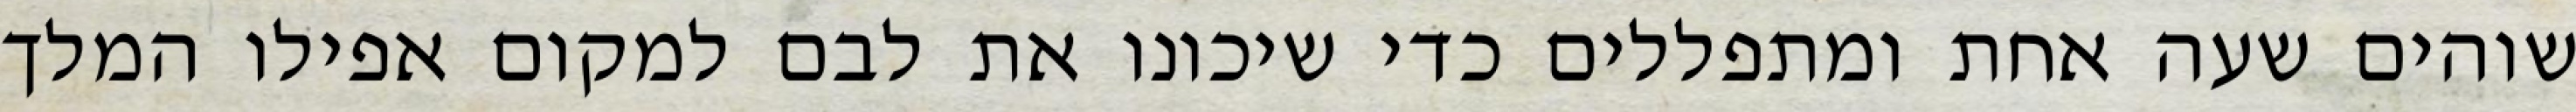
שוהים שעה אחת ומתפללים כדי שיכונו את לבם למקום אפילו המלך